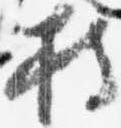
持